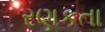
રણકતા